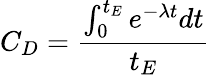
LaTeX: C_{D}=\frac{\int_{0}^{t_{E}}e^{-{\lambda}t}dt}{t_{E}}